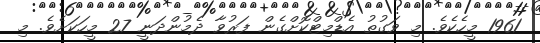
1961 މީހެކެވެ. މި ވަގުތު އެޑްމިޓްކޮށްގެން ފަރުވާ ދެމުންދަނީ 27 މީހަކަށެވެ. މި